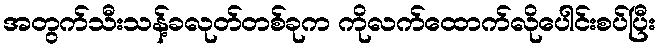
အတွက်သီးသန့်ခလုတ်တစ်ခုက ကိုလက်ထောက်လိုပေါင်းစပ်ပြီး